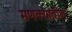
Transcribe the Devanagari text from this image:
मणक्यांतील